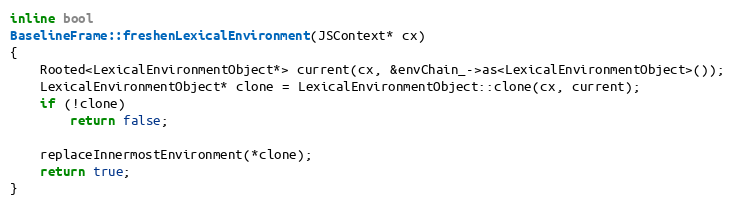
Language: C
inline bool
BaselineFrame::freshenLexicalEnvironment(JSContext* cx)
{
    Rooted<LexicalEnvironmentObject*> current(cx, &envChain_->as<LexicalEnvironmentObject>());
    LexicalEnvironmentObject* clone = LexicalEnvironmentObject::clone(cx, current);
    if (!clone)
        return false;

    replaceInnermostEnvironment(*clone);
    return true;
}